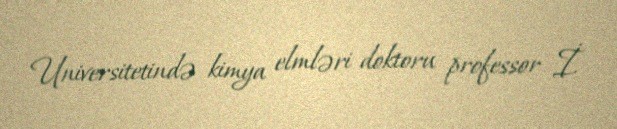
Universitetində kimya elmləri doktoru professor İ.